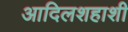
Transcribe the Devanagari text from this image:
आदिलशहाशी